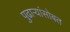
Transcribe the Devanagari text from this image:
पुढाऱ्यांसोबत